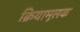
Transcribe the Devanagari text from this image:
क्रियामूलक